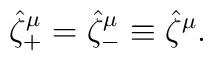
\hat\zeta^\mu_+=\hat\zeta^\mu_-\equiv\hat\zeta^\mu .